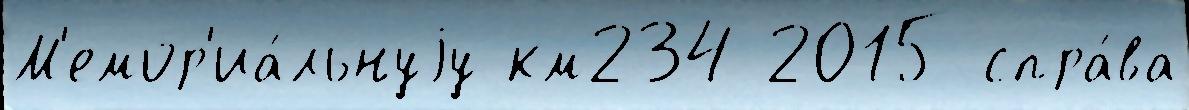
М'емор'иа́льнуjу км234 2015 спра́ва